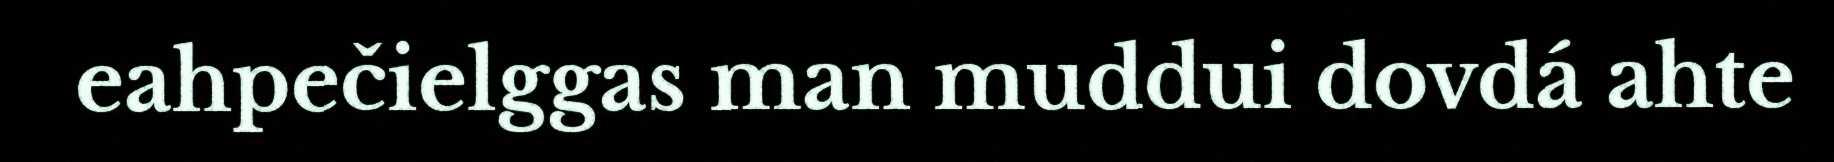
eahpečielggas man muddui dovdá ahte